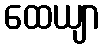
ထေယျာ